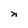
Character: n